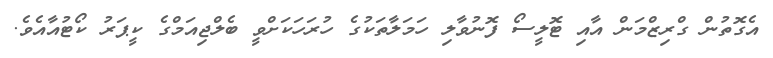
އެގޮތުން ގްރިޒްމަން އާއި ޓޮލީސޯ ފޮނުވާލި ހަމަލާތަކުގެ ހުރަހަކަށްވީ ބެލްޖިއަމްގެ ކީޕަރު ކޯޓުއާއެވެ.